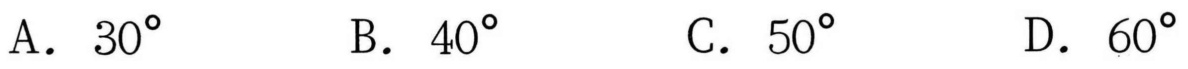
A. \(30^{\circ}\)  \(\qquad\) B. \(40^{\circ}\)  \(\qquad\) C. \(50^{\circ}\)  \(\qquad\) D. \(60^{\circ}\)